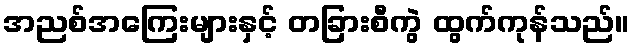
အညစ်အကြေးများနှင့် တခြားစီကွဲ ထွက်ကုန်သည်။